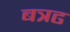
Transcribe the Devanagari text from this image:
बत्रढ